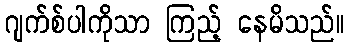
ဂျက်စ်ပါကိုသာ ကြည့် နေမိသည်။